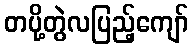
တပို့တွဲလပြည့်ကျော်